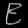
Digit: ၉